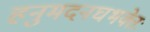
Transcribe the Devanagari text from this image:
हनुमदनघभक्तेः